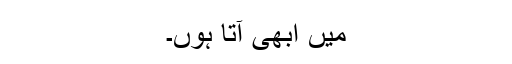
میں ابھی آتا ہوں۔